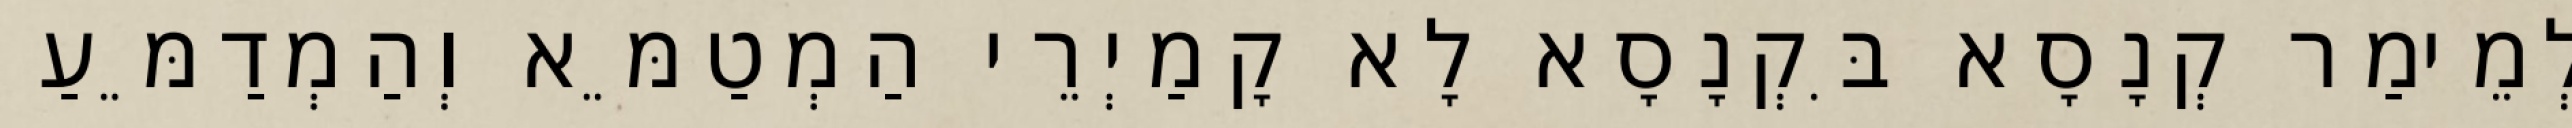
לְמֵימַר קְנָסָא בִּקְנָסָא לָא קָמַיְרֵי הַמְטַמֵּא וְהַמְדַמֵּעַ